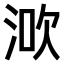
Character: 𣵶